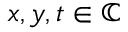
x , y , t \in \mathbb { C }